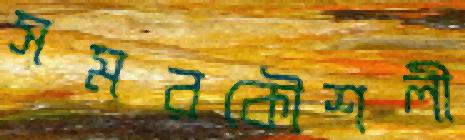
সমরকৌশলী